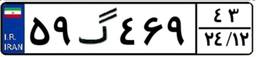
۵۹گ۴۶۹۴۳